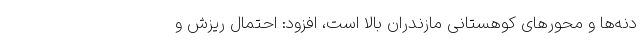
دنه‌ها و محورهای کوهستانی مازندران بالا است، افزود: احتمال ریزش و